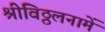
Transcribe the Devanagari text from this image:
श्रीविठ्ठलनामें